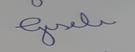
Signature authenticity: forged